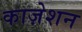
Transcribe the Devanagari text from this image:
काज़ेशन